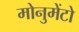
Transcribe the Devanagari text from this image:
मोनुमेंटो